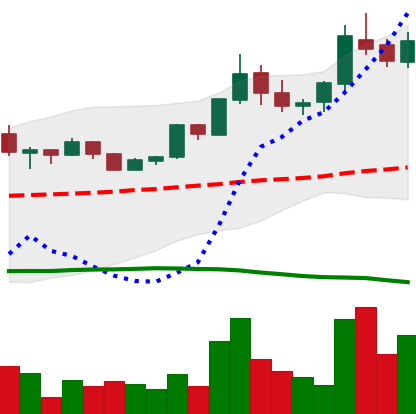
Ticker: BTC-USD
Chart end date: 2015-07-08
Forward return: 7.855%
Label: up_7plus